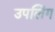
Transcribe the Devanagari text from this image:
उपलिंग